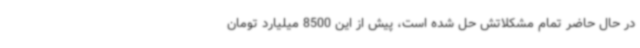
در حال حاضر تمام مشکلاتش حل شده است، پیش از این 8500 میلیارد تومان